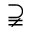
\supsetneqq